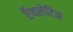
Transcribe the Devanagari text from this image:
ऍथलेटिक